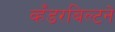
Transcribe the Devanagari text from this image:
व्हँडरबिल्टने